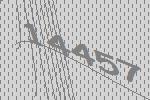
14457